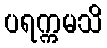
ပရက္ကမသိ